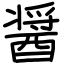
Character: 醤